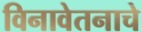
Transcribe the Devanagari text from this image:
विनावेतनाचे